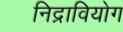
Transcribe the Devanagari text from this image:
निद्रावियोग